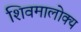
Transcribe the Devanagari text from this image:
शिवमालोक्य